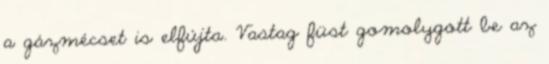
a gázmécset is elfújta. Vastag füst gomolygott be az